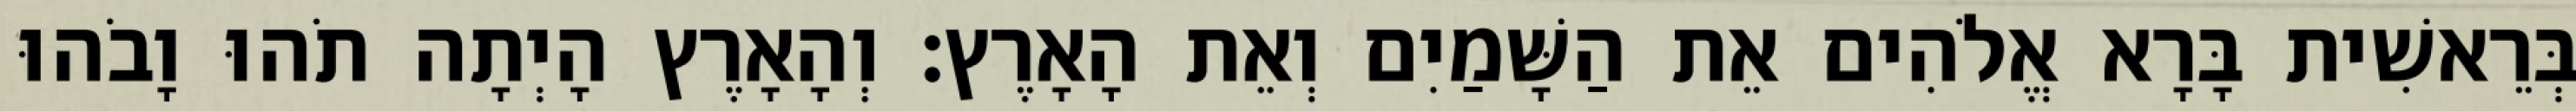
בְּרֵאשִׁית בָּרָא אֱלֹהִים אֵת הַשָּׁמַיִם וְאֵת הָאָרֶץ׃ וְהָאָרֶץ הָיְתָה תֹהוּ וָבֹהוּ